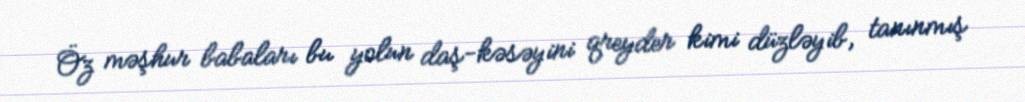
Öz məşhur babaları bu yolun daş-kəsəyini qreyder kimi düzləyib, tanınmış